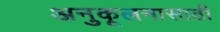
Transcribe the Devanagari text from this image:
अनुकूलनासाठी